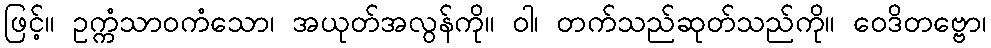
ဖြင့်။ ဥက္ကံသာဝကံသော၊ အယုတ်အလွန်ကို။ ဝါ၊ တက်သည်ဆုတ်သည်ကို။ ဝေဒိတဗ္ဗော၊